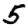
Digit: 5